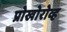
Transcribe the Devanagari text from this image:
प्रोखोरोव्ह